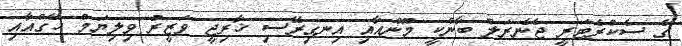
ގެ ސެކްރެޓަރީ ޖެނެރަލް ބާންކީ މޫންއާއި އިނގިރޭސި ޚާރިޖީ ވަޒީރު ވިލިޔަމް ހޭގްއާއި